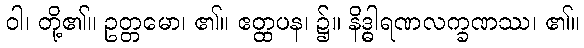
ဝါ၊ တို့၏။ ဥတ္တမော၊ ၏။ ဧတ္ထပန၊ ၌။ နိဒ္ဓါရဏလက္ခဏဿ၊ ၏။